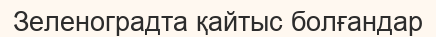
Зеленоградта қайтыс болғандар